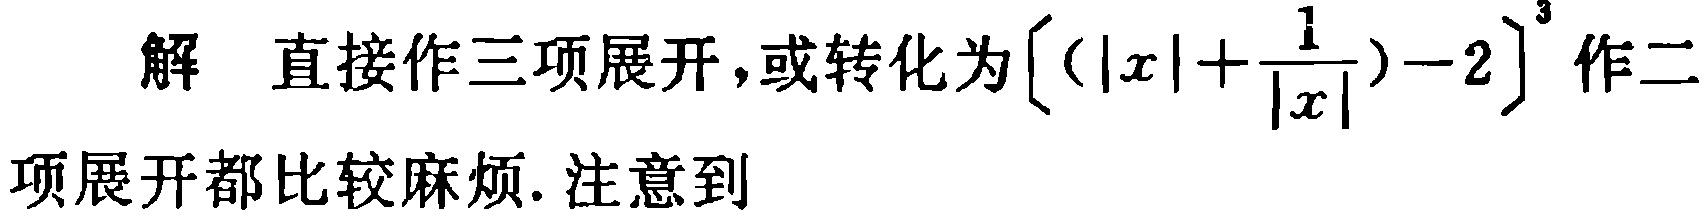
解 直接作三项展开，或转化为\(\left[\left(|x|+\frac{1}{|x|}\right)-2\right]^{3}\)作二项展开都比较麻烦. 注意到